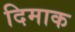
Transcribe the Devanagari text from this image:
दिमाक